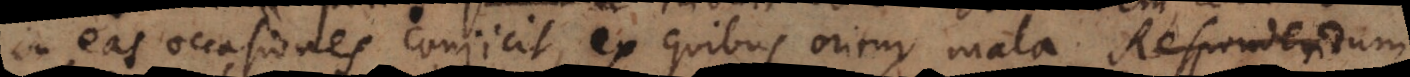
in eas occasiones conjicit, ex quibus oritur voluntas